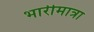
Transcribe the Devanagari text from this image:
भारीमात्रा